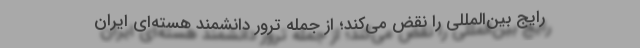
رایج بین‌المللی را نقض می‌کند؛ از جمله ترور دانشمند هسته‌ای ایران